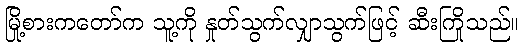
မြို့စားကတော်က သူ့ကို နှုတ်သွက်လျှာသွက်ဖြင့် ဆီးကြိုသည်။